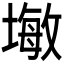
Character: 𪤓